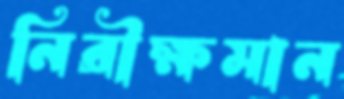
নিরীক্ষমান